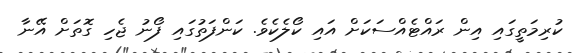
ކުރިމަތީގައި އިން ރައްޓެއްސަކަށް އައި ކޯލެކެވެ. ކަންފަތުގައި ފޯނު ޖެހި ގޮތަށް އޭނާ